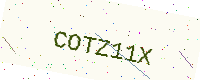
Text: COTZ11X